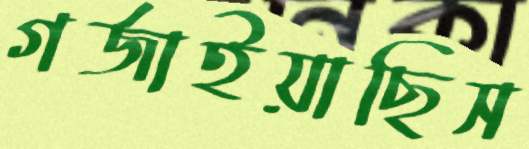
গর্জাইয়াছিস